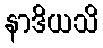
နာဒိယသိ